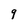
Character: q